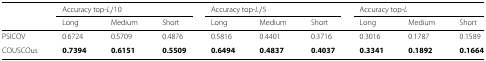
|  | <COLSPAN=3> Accuracy top- L/10 | <COLSPAN=3> Accuracy top- L/5 | <COLSPAN=3> Accuracy top-L |
 |  | Long | Medium | Short | Long | Medium | Short | Long | Medium | Short |
 | --- | --- | --- | --- | --- | --- | --- | --- | --- | --- |
 | PSICOV | 0.6724 | 0.5709 | 0.4876 | 0.5816 | 0.4401 | 0.3716 | 0.3016 | 0.1787 | 0.1589 |
 | COUSCOus | 0.7394 | 0.6151 | 0.5509 | 0.6494 | 0.4837 | 0.4037 | 0.3341 | 0.1892 | 0.1664 |